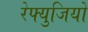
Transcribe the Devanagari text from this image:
रेफ्युजियों